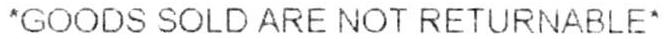
*GOODS SOLD ARE NOT RETURNABLE*